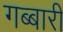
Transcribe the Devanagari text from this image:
गब्बारी